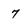
Character: 7